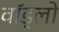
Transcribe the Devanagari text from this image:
वॉड्लो